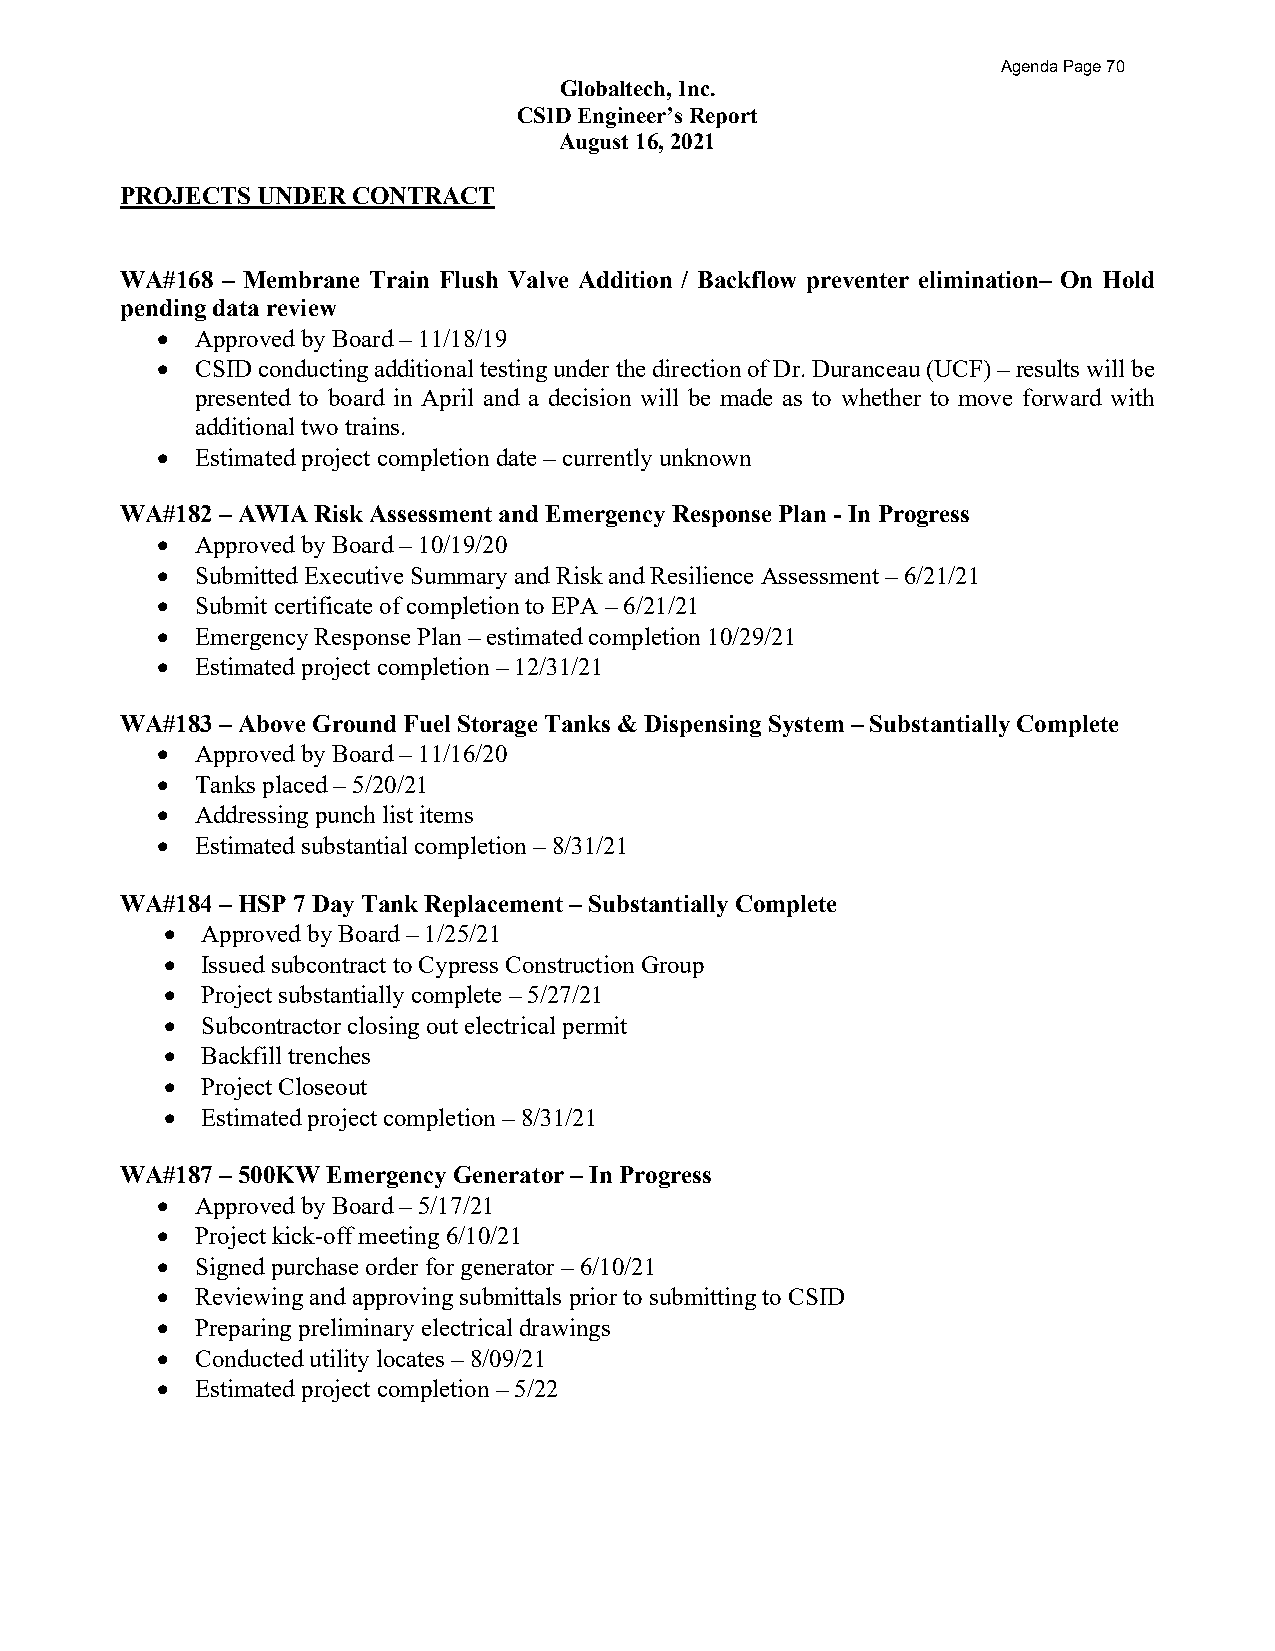
Agenda Page 70
 Globaltech, Inc.
 CSID Engineer’s Report
 August 16, 2021
 PROJECTS UNDER CONTRACT
 WA#168 – Membrane Train Flush Valve Addition / Backflow preventer elimination– On Hold
 pending data review
 •  Approved by Board – 11/18/19
 •  CSID conducting additional testing under the direction of Dr. Duranceau (UCF) – results will be
 presented to board in April and a decision will be made as to whether to move forward with
 additional two trains.
 •  Estimated project completion date – currently unknown
 WA#182 – AWIA Risk Assessment and Emergency Response Plan -In Progress
 •  Approved by Board – 10/19/20
 •  Submitted Executive Summary and Risk and Resilience Assessment – 6/21/21
 •  Submit certificate of completion to EPA – 6/21/21
 •  Emergency Response Plan – estimated completion 10/29/21
 •  Estimated project completion – 12/31/21
 WA#183 – Above Ground Fuel Storage Tanks & Dispensing System – Substantially Complete
 •  Approved by Board – 11/16/20
 •  Tanks placed – 5/20/21
 •  Addressing punch list items
 •  Estimated substantial completion – 8/31/21
 WA#184 – HSP 7 Day Tank Replacement – Substantially Complete
 • Approved by Board – 1/25/21
 • Issued subcontract to Cypress Construction Group
 • Project substantially complete – 5/27/21
 • Subcontractor closing out electrical permit
 • Backfill trenches
 • Project Closeout
 • Estimated project completion – 8/31/21
 WA#187 – 500KW Emergency Generator – In Progress
 •  Approved by Board – 5/17/21
 •  Project kick-off meeting 6/10/21
 •  Signed purchase order for generator – 6/10/21
 •  Reviewing and approving submittals prior to submitting to CSID
 •  Preparing preliminary electrical drawings
 •  Conducted utility locates – 8/09/21
 •  Estimated project completion – 5/22